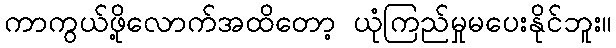
ကာကွယ်ဖို့လောက်အထိတော့ ယုံကြည်မှုမပေးနိုင်ဘူး။